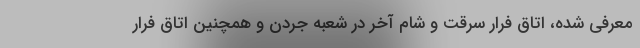
معرفی شده، اتاق فرار سرقت و شام آخر در شعبه جردن و همچنین اتاق فرار